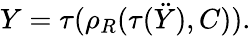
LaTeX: Y=\tau(\rho_{R}(\tau(\ddot{Y}),C)).